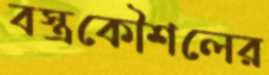
বস্ত্রকৌশলের